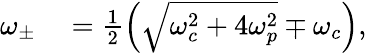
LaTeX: \begin{array}{rl}{\omega_{\pm}}&{{}=\frac{1}{2}\left(\sqrt{\omega_{c}^{2}+4\omega_{p}^{2}}\mp\omega_{c}\right),}\end{array}